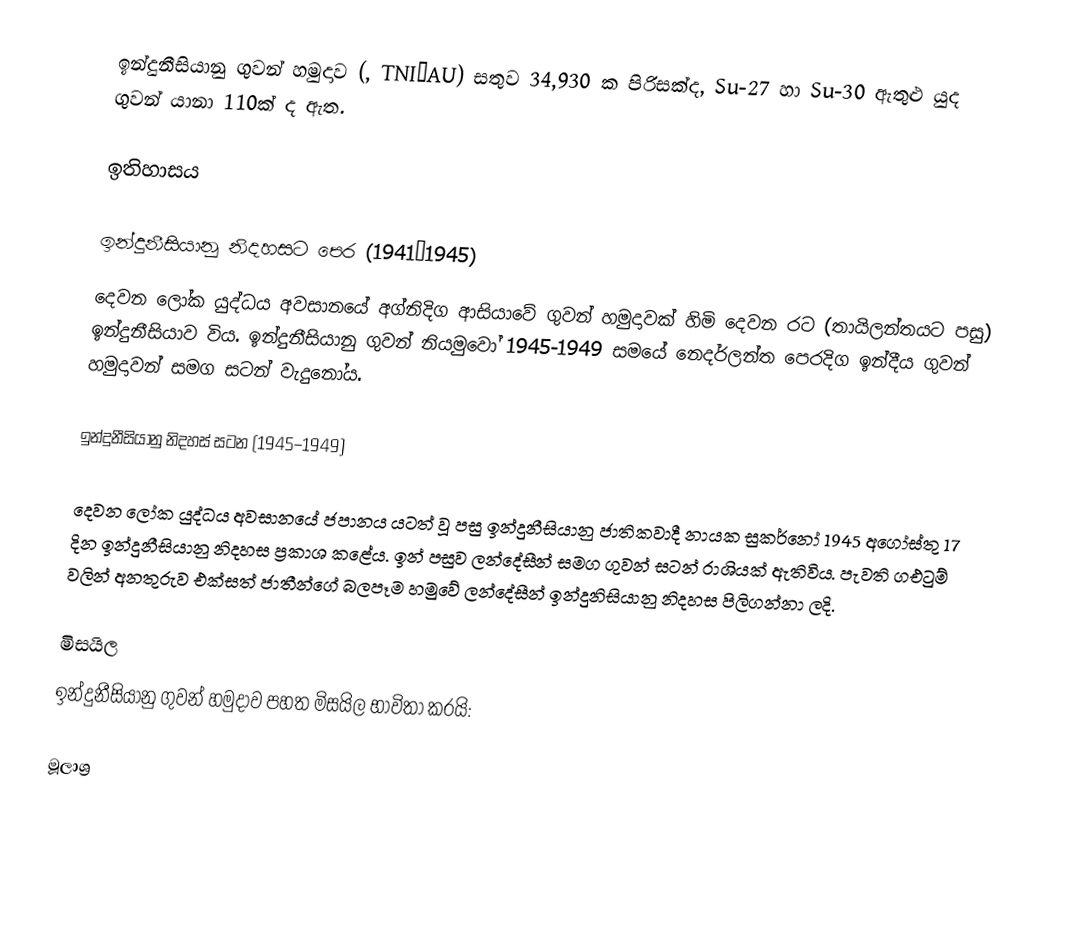
ඉන්දුනීසියානු ගුවන් හමුදාව (, TNI–AU) සතුව 34,930 ක පිරිසක්ද, Su-27 හා Su-30 ඇතුළු යුද ගුවන් යානා 110ක් ද ඇත.

ඉතිහාසය

ඉන්දුනීසියානු නිදහසට පෙර (1941–1945)
දෙවන ලෝක යුද්ධය අවසානයේ අග්නිදිග ආසියාවේ ගුවන් හමුදාවක් හිමි දෙවන රට (තායිලන්තයට පසු) ඉන්දුනීසියාව විය. ඉන්දුනීසියානු ගුවන් නියමුවෝ 1945-1949 සමයේ නෙදර්ලන්ත පෙරදිග ඉන්දීය ගුවන් හමුදාවන් සමග සටන් වැදුනෝය.

ඉන්දුනීසියානු නිදහස් සටන (1945–1949)

දෙවන ලෝක යුද්ධය අවසානයේ ජපානය යටත් වූ පසු ඉන්දුනීසියානු ජාතිකවාදී නායක සුකර්නෝ 1945 අගෝස්තු 17 දින ඉන්දුනීසියානු නිදහස ප්‍රකාශ කළේය. ඉන් පසුව ලන්දේසීන් සමග ගුවන් සටන් රාශියක් ඇතිවිය. පැවති ගඑටුම් වලින් අනතුරුව එක්සත් ජාතීන්ගේ බලපෑම හමුවේ ලන්දේසීන් ඉන්දුනිසියානු නිදහස පිලිගන්නා ලදි.

මිසයිල
ඉන්දුනීසියානු ගුවන් හමුදාව පහත මිසයිල භාවිතා කරයි:

මූලාශ්‍ර